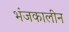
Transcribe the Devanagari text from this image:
भंजकालीन